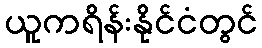
ယူကရိန်းနိုင်ငံတွင်